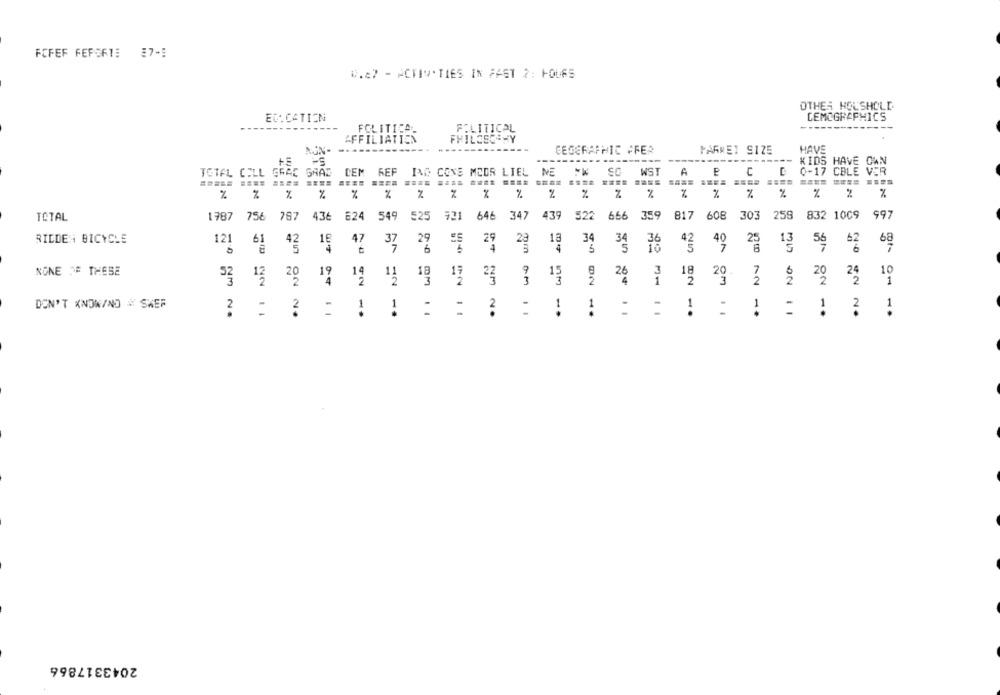
FCFEF FEFORTE 37-5
0.87 - ACTIVITIES IN FAST 2: HOLES
OTHER HOLSHOLD
EC.CATION
DEMOGRAPHICS
FCLITICA-
POLITICAL
AFFILIATION
FHILOSCSHY
NUN
---
------
CEGERAPHIC FFER
PARKET SIZE
HAVE
----
------------
-5
KIDS HAVE CAN
TOTAL COLL GRAC SHAD
DEM REP ING CONS MODR LIEL NE
SC
WST
A
E
C
D 0-17 CBLE VER
%
%
%
%
%
%
%
34
%
%
%
%
%
%
%
% %
%
756
767
436 624
549
525
646 347
439
522
666 359 817 608
303
259
832 1009 997
TOTAL
1787
921
RIDDEN BICYCLE
121
61
47
29
18
34
40
62
4
56
68
9
3
18
7
NONE "# THESE
19
14
18
17
22
15
26
20
20
10
52
20
2
3
1
2
2
1
DON'T KNOW/NO # SKEF
2
1
1
1
1
1
2
1
1
2
1
2043317866